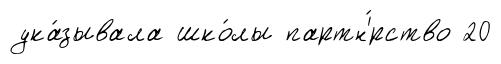
ука́зывала шко́лы партн'́рство 20